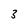
Character: 3